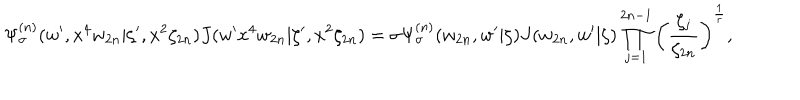
LaTeX: \Psi _ { \sigma } ^ { ( n ) } ( w ^ { \prime } , x ^ { 4 } w _ { 2 n } | \zeta ^ { \prime } , x ^ { 2 } \zeta _ { 2 n } ) J ( w ^ { \prime } x ^ { 4 } w _ { 2 n } | \zeta ^ { \prime } , x ^ { 2 } \zeta _ { 2 n } ) = \sigma \Psi _ { \sigma } ^ { ( n ) } ( w _ { 2 n } , w ^ { \prime } | \zeta ) J ( w _ { 2 n } , w ^ { \prime } | \zeta ) \prod _ { j = 1 } ^ { 2 n - 1 } \left( \frac { \zeta _ { j } } { \zeta _ { 2 n } } \right) ^ { \frac { 1 } { r } } ,